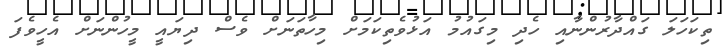
ތިކަހަލަ ގައްދާރުންނާއި ހެދި މިގައުމު އަޅުވެތިކަމަށް މިހާތަނަށް ވެސް ދިޔައީ މީހުންނަށް އެހީވެފަ